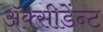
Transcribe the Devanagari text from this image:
अॅक्सीडेंन्ट